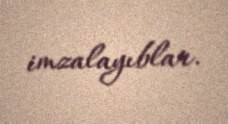
imzalayıblar.